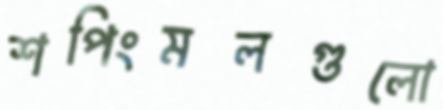
শপিংমলগুলো